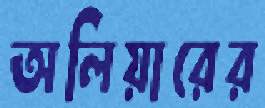
অলিয়ারের